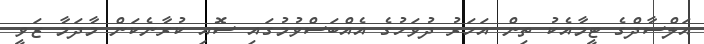
އަލްސާދްގެ ޓީމާއެކު ތިން އަހަރު ދުވަހުގެ އެއްބަސްވުމުގައި ސޮއި ކުރާނެކަން މާދަމާ ޒަވީ